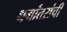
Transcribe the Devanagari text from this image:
धर्मांतरांची